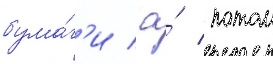
бума́г'и / а́ потом